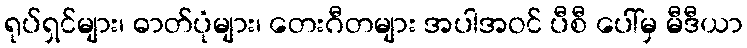
ရုပ်ရှင်များ၊ ဓာတ်ပုံများ၊ တေးဂီတများ အပါအဝင် ပီစီ ပေါ်မှ မီဒီယာ